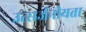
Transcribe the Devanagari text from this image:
उत्सर्जनीयता